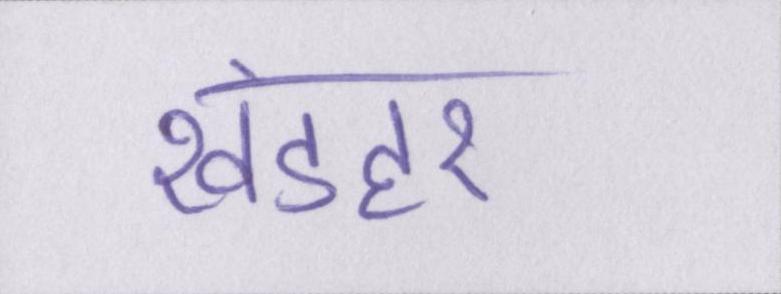
खंडहर